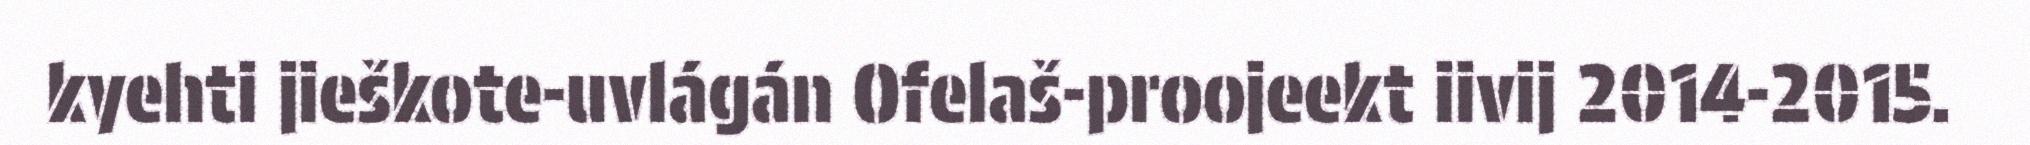
kyehti jieškote-uvlágán Ofelaš-proojeekt iivij 2014-2015.